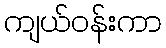
ကျယ်ဝန်းကာ